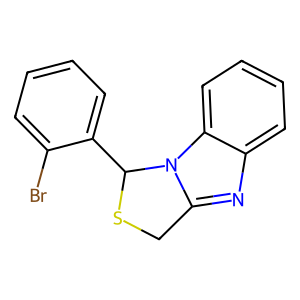
SMILES: Brc1ccccc1C1SCc2nc3ccccc3n21
Inhibits HIV replication: No